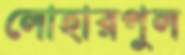
লোহারপুল